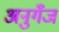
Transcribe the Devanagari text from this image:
अनुगँज